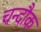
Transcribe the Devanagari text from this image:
चन्दौक